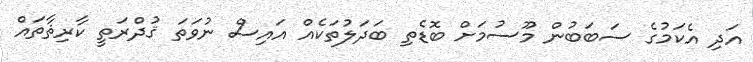
އަދި އެކަމުގެ ސަބަބުން މޫސުމަށް ބޮޑެތި ބަދަލުތަކެއް އައިސް ނުވަތަ ޤުދްރަތީ ކާރިޘާތައް